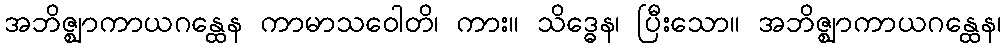
အဘိဇ္ဈာကာယဂန္ထေန ကာမာသဝေါတိ၊ ကား။ သိဒ္ဓေန၊ ပြီးသော။ အဘိဇ္ဈာကာယဂန္ထေန၊